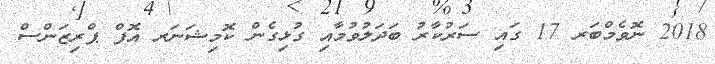
2018 ނޮވެމްބަރ 17 ގައި ސަރުކާރު ބަދަލުވުމާއި ގުޅިގެން ކޮމިޝަނަރ އޮފް ޕްރިޒަންސް